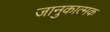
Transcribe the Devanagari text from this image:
जानुकात्मक